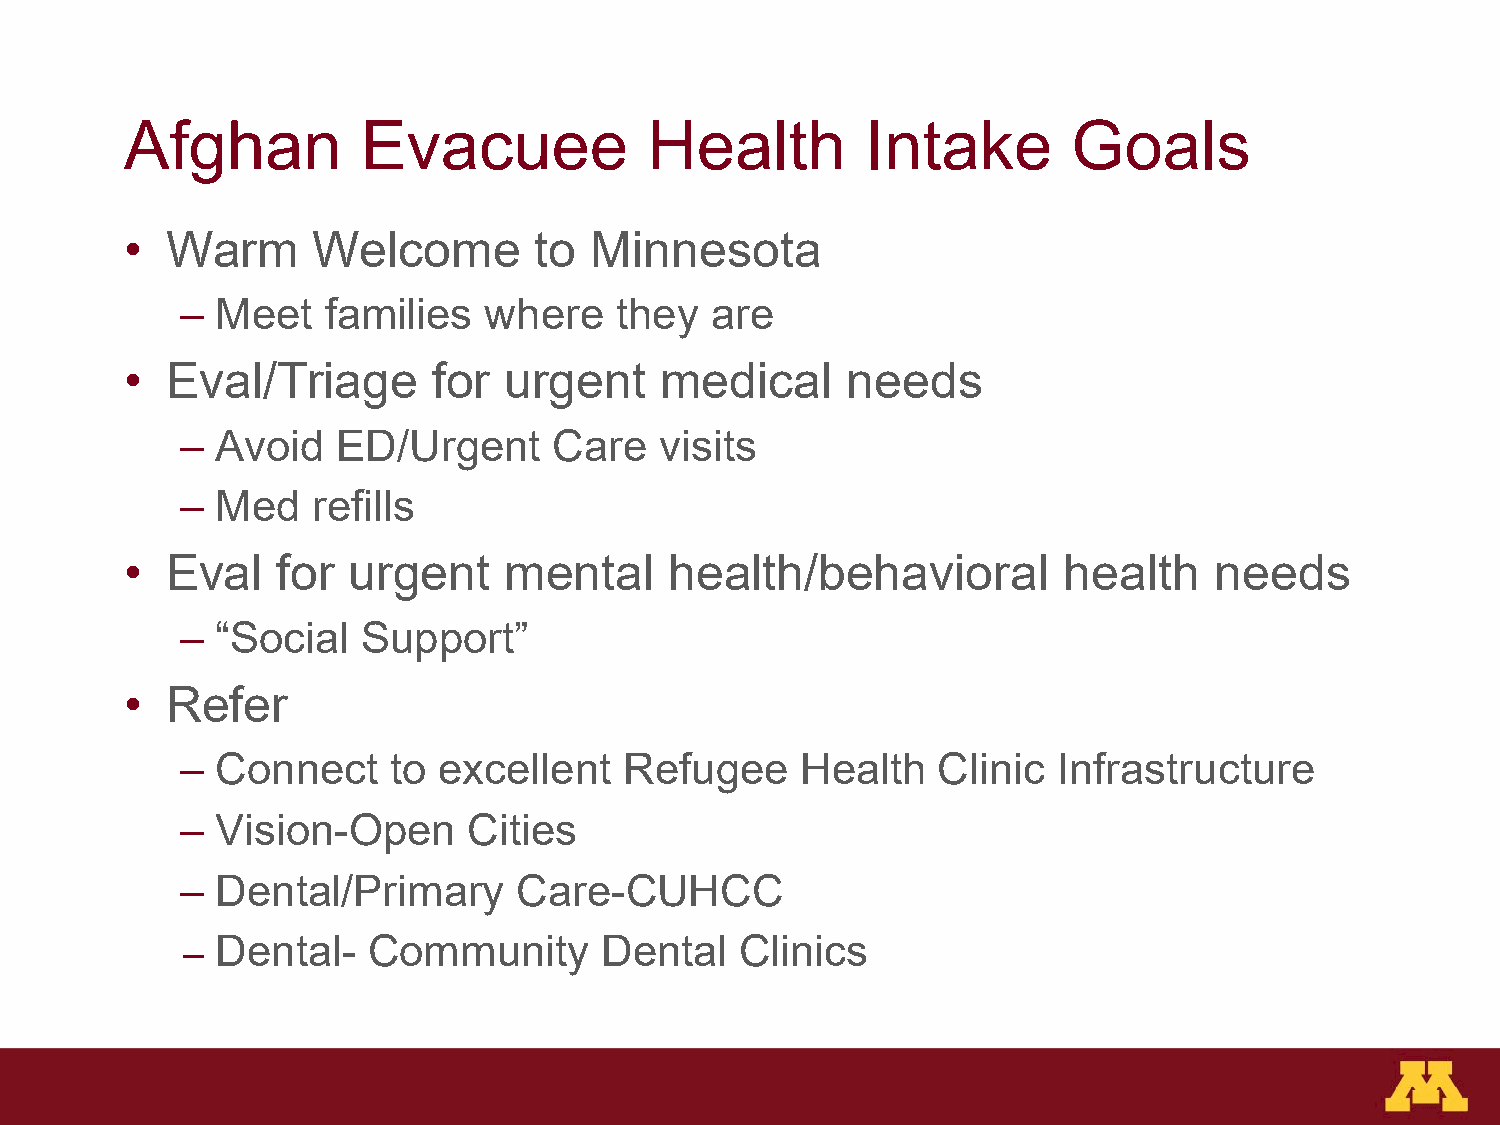
Afghan          Evacuee            Health        Intake        Goals
 •  Warm      Welcome       to  Minnesota
 – Meet   families   where    they  are
 •  Eval/Triage       for urgent     medical     needs
 – Avoid   ED/Urgent      Care   visits
 – Med    refills
 •  Eval   for  urgent    mental     health/behavioral         health    needs
 – “Social   Support”
 •  Refer
 – Connect     to excellent   Refugee     Health   Clinic  Infrastructure
 – Vision-Open      Cities
 – Dental/Primary      Care-CUHCC
 – Dental-   Community       Dental   Clinics